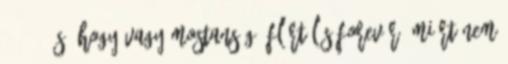
^^" .ééés, hogy vagy mostanság? Flörtölés forevör, miért nem